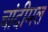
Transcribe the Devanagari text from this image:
चांदीमल